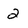
Character: 2